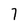
Character: 7